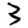
Digit: 3